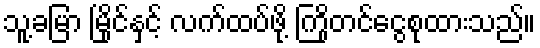
သူ့ခမြာ မြိုင်နှင့် လက်ထပ်ဖို့ ကြိုတင်ငွေစုထားသည်။